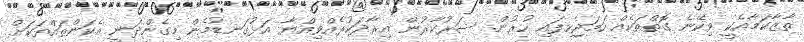
ތާޒާކަމާއެކީ ވިކޭނެ ގޮތްތަކެއް ހަމަޖެހިފައި ހުރުން. ސަރުކާރުން އިރާދަކުރެއްވިއްޔާ އަޅުގަނޑުމެން މިގެންދަނީ އެކަންތައްތަކަށް